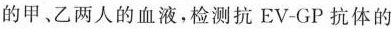
的甲、乙两人的血液，检测抗EV-GP抗体的